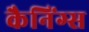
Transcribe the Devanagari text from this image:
कैनिंग्स